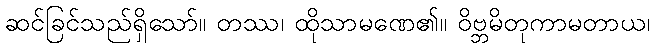
ဆင်ခြင်သည်ရှိသော်။ တဿ၊ ထိုသာမဏေ၏။ ဝိဗ္ဘမိတုကာမတာယ၊